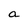
Character: a